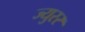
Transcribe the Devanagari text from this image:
ज्युरर